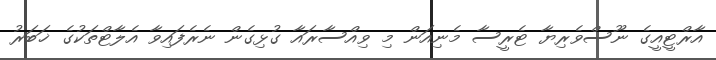
އާރްޓީއީގެ ނޫސްވެރިޔާ ޓެރީސާ މެނިއަން މި ވިއްސާރައާ ގުޅިގެން ނެރެފައިވާ އެލާޓްތަކުގެ ޚަބަރު